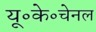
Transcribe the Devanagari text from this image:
यू॰के॰चेनल